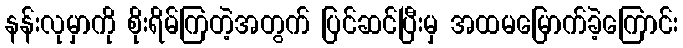
နန်းလုမှာကို စိုးရိမ်ကြတဲ့အတွက် ပြင်ဆင်ပြီးမှ အထမမြောက်ခဲ့ကြောင်း